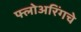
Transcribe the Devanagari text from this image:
फ्लोअरिंगचे